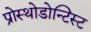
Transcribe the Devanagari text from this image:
प्रोस्थोडोन्टिस्ट